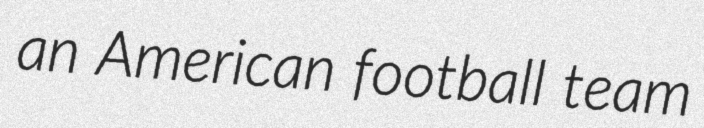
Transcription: an American football team